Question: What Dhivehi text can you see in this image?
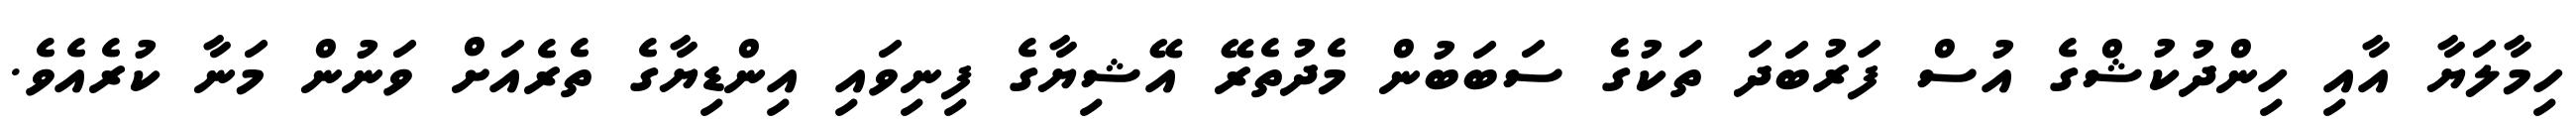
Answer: ހިމާލަޔާ އާއި ހިންދުކުޝްގެ އުސް ފަރުބަދަ ތަކުގެ ސަބަބުން މެދުތެރޭ އޭޝިޔާގެ ފިނިވައި އިންޑިޔާގެ ތެރެއަށް ވަނުން މަނާ ކުރެއެވެ.